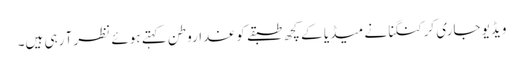
ویڈیو جاری کر کنگنا نے میڈیا کے کچھ طبقے کو غداروطن کہتے ہوئے نظر آ رہی ہیں۔